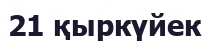
21 қыркүйек